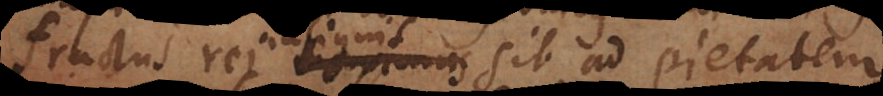
fructus rei maximus sit ad pietatem,